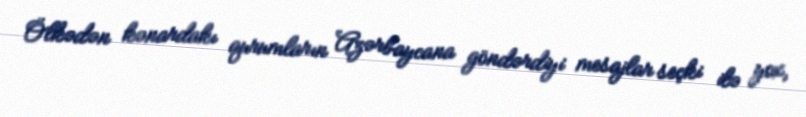
Ölkədən kənardakı qurumların Azərbaycana göndərdiyi mesajlar seçki ilə yox,